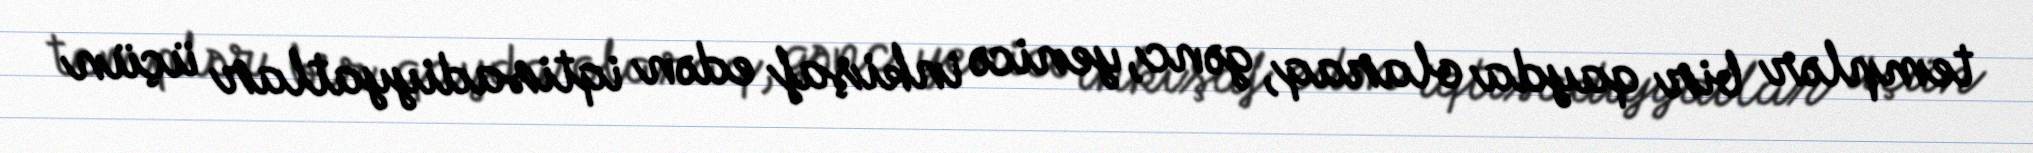
templər bir qayda olaraq, gənc, yenicə inkişaf edən iqtisadiyyatlar üçün